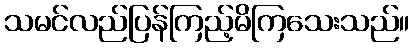
သမင်လည်ပြန်ကြည့်မိကြသေးသည်။